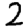
Digit: 2